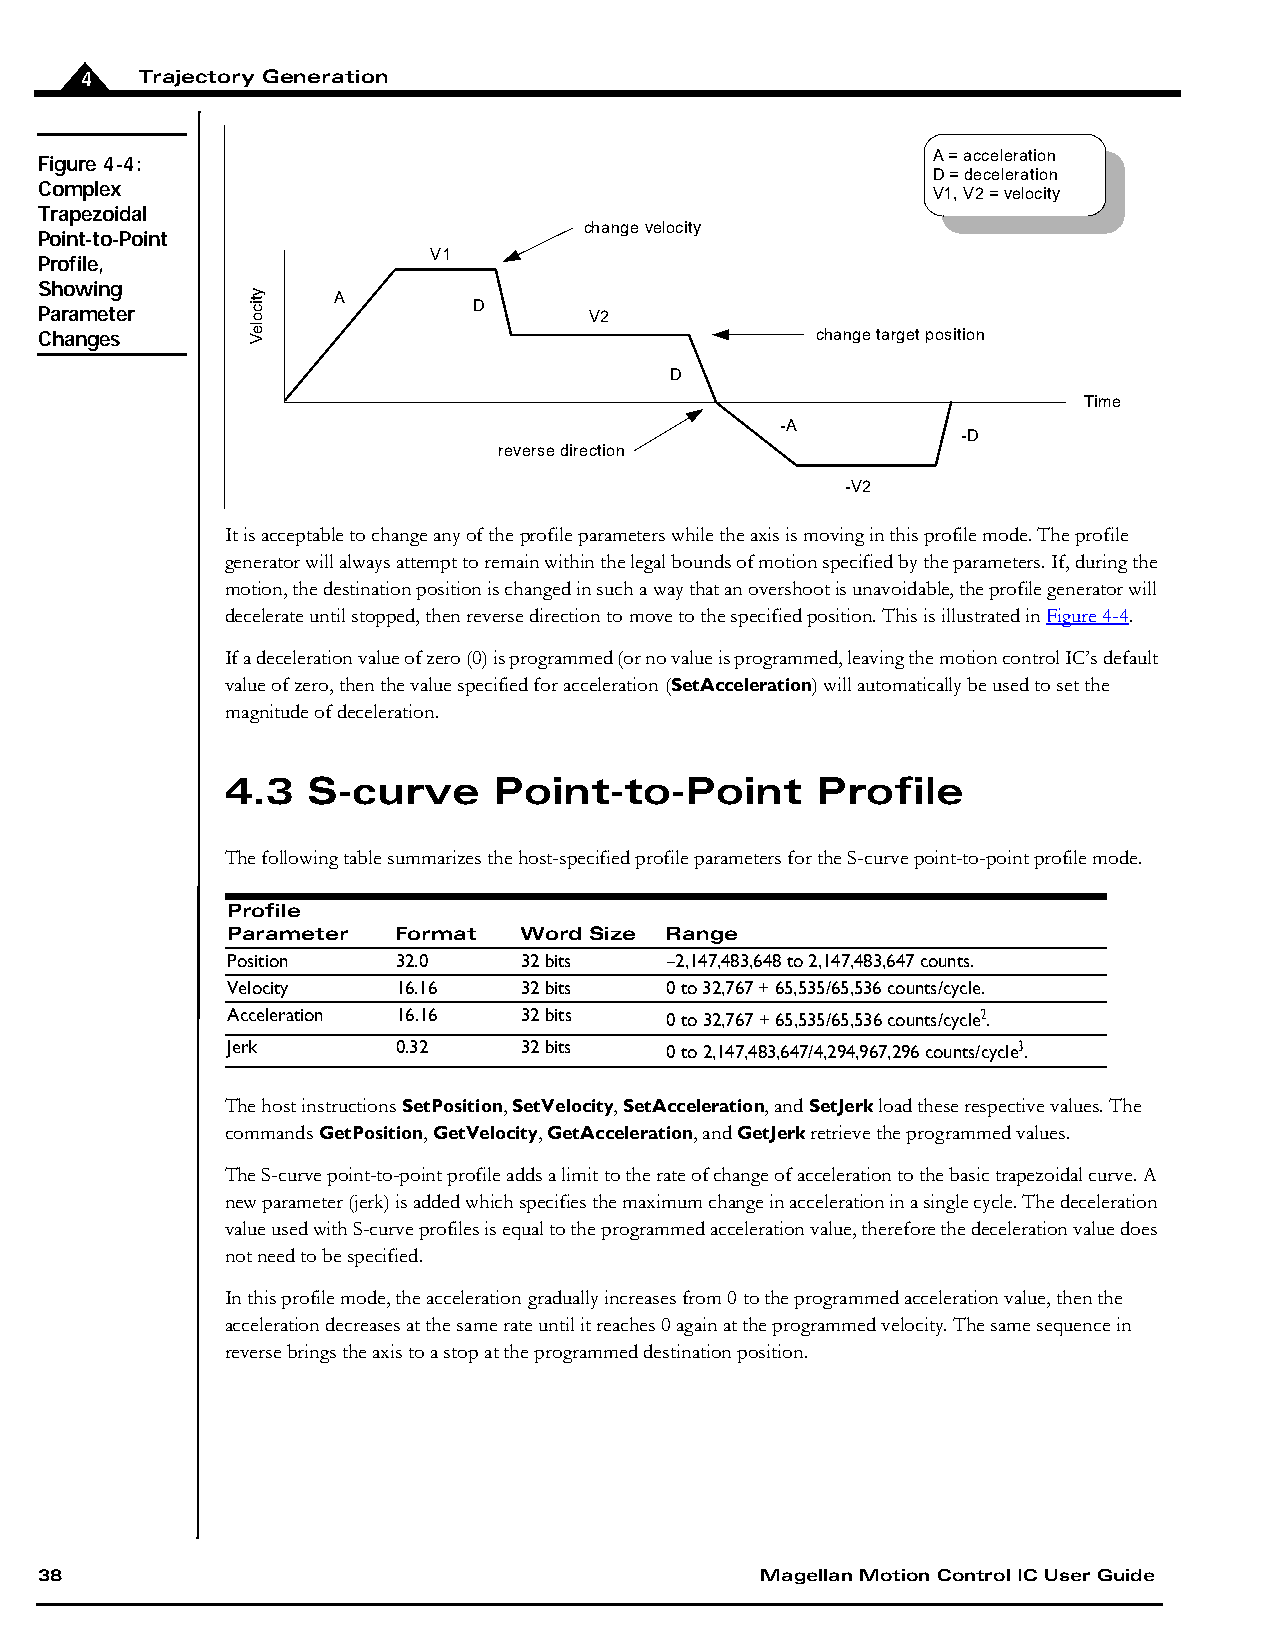
4   Trajectory Generation
 Figure 4-4:                                                 A = acceleration
 D = deceleration
 Complex
 V1, V2 = velocity
 Trapezoidal
 change velocity
 Point-to-Point
 V1
 Profile,
 Showing
 A
 Parameter                    D       V2
 Changes                                             change target position
 D
 Time
 -A
 -D
 reverse direction
 -V2
 It is acceptable to change any of the profile parameters while the axis is moving in this profile mode. The profile
 generator will always attempt to remain within the legal bounds of motion specified by the parameters. If, during the
 motion, the destination position is changed in such a way that an overshoot is unavoidable, the profile generator will
 decelerate until stopped, then reverse direction to move to the specified position. This is illustrated in Figure4-4.
 If a deceleration value of zero (0) is programmed (or no value is programmed, leaving the motion control IC’s default
 value of zero, then the value specified for acceleration (SetAcceleration) will automatically be used to set the
 magnitude of deceleration.
 4.3  S-curve      Point-to-Point       Profile
 The following table summarizes the host-specified profile parameters for the S-curve point-to-point profile mode.
 Profile
 Parameter  Format  Word Size Range
 Position   32.0    32 bits   –2,147,483,648 to 2,147,483,647 counts.
 Velocity   16.16   32 bits   0 to 32,767 + 65,535/65,536 counts/cycle.
 Acceleration 16.16 32 bits   0 to 32,767 + 65,535/65,536 counts/cycle2.
 Jerk       0.32    32 bits   0 to 2,147,483,647/4,294,967,296 counts/cycle3.
 The host instructions SetPosition, SetVelocity, SetAcceleration, and SetJerk load these respective values. The
 commands GetPosition, GetVelocity, GetAcceleration, and GetJerk retrieve the programmed values.
 The S-curve point-to-point profile adds a limit to the rate of change of acceleration to the basic trapezoidal curve. A
 new parameter (jerk) is added which specifies the maximum change in acceleration in a single cycle. The deceleration
 value used with S-curve profiles is equal to the programmed acceleration value, therefore the deceleration value does
 not need to be specified.
 In this profile mode, the acceleration gradually increases from 0 to the programmed acceleration value, then the
 acceleration decreases at the same rate until it reaches 0 again at the programmed velocity. The same sequence in
 reverse brings the axis to a stop at the programmed destination position.
 38                                              Magellan Motion Control IC User Guide
 yticoleV